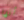
أنها